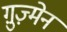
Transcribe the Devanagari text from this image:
ग़ुज़्मेन